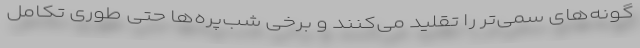
گونه‌های سمی‌تر را تقلید می‌کنند و برخی شب‌پره‌ها حتی طوری تکامل